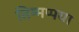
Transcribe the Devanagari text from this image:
तिम्मप्पया